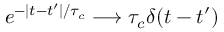
e ^ { - | t - t ^ { \prime } | / \tau _ { c } } \longrightarrow \tau _ { c } \delta ( t - t ^ { \prime } )